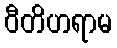
ဝီတိဟရာမ